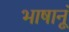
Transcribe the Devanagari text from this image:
भाषानूं